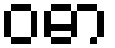
ဝဓာ